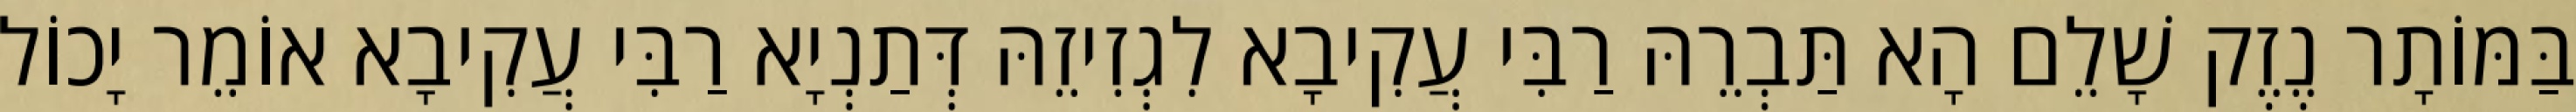
בַּמּוֹתָר נֶזֶק שָׁלֵם הָא תַּבְרֵהּ רַבִּי עֲקִיבָא לִגְזִיזֵהּ דְּתַנְיָא רַבִּי עֲקִיבָא אוֹמֵר יָכוֹל